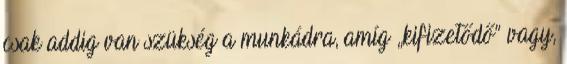
csak addig van szükség a munkádra, amíg „kifizetődő” vagy,